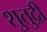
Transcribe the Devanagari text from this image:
शुतुद्री